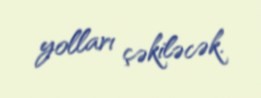
yolları çəkiləcək.